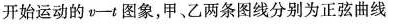
开始运动的v-t图象，甲、乙两条图线分别为正弦曲线